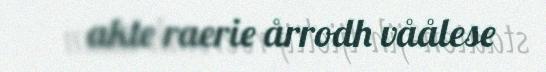
akte raerie årrodh våålese